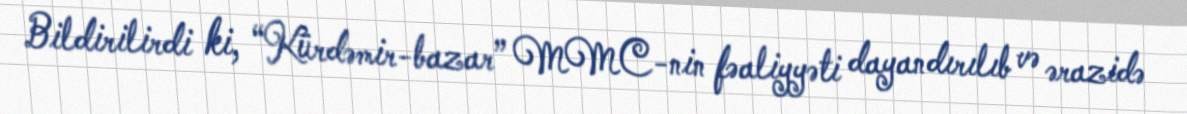
Bildirilirdi ki, “Kürdəmir-bazar” MMC-nin fəaliyyəti dayandırılıb və ərazidə